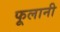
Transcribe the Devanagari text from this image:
फूलानी